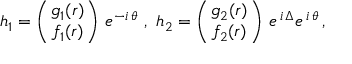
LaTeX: h _ { 1 } = \left( { g _ { 1 } ( r ) } \atop { f _ { 1 } ( r ) } \right) \, e ^ { - i \, \theta } \mathrm { ~ , ~ } h _ { 2 } = \left( { g _ { 2 } ( r ) } \atop { f _ { 2 } ( r ) } \right) \, e ^ { \, i \, \Delta } e ^ { \, i \, \theta } \, ,